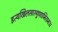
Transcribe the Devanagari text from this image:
इत्यखिलसारगुणाभिरामः।।